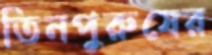
তিনপুরুষের